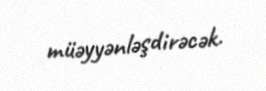
müəyyənləşdirəcək.